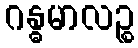
ဂန္ဓမာလဉ္စ